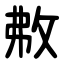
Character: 㪄